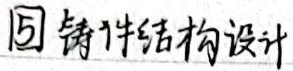
铸件结构设计